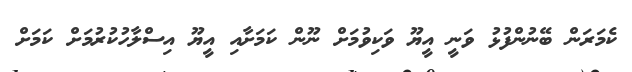
ކެމަރަން ބޭނުންފުޅު ވަނީ އީޔޫ ވަކިވުމަށް ނޫން ކަމަށާއި އީޔޫ އިސްލާހުކުރުމަށް ކަމަށް